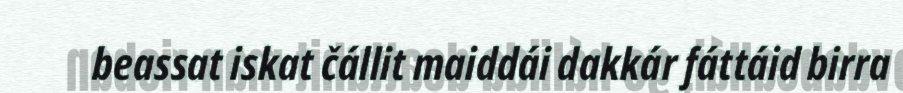
beassat iskat čállit maiddái dakkár fáttáid birra